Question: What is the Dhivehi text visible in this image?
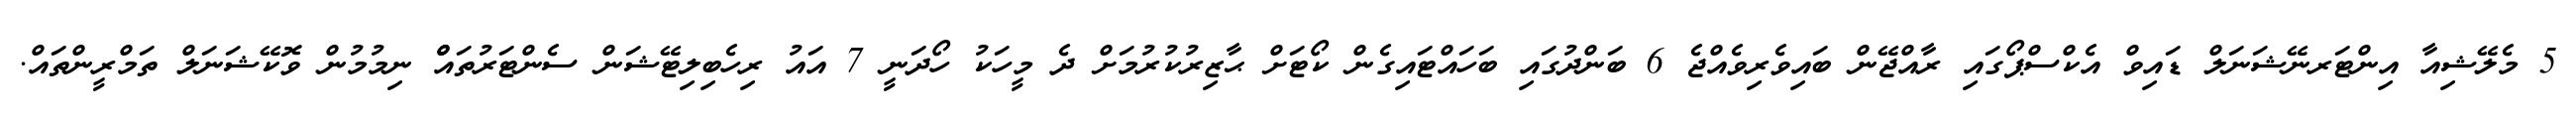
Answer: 5 މެލޭޝިއާ އިންޓަރނޭޝަނަލް ޑައިވް އެކްސްޕޯގައި ރާއްޖޭން ބައިވެރިވެއްޖެ 6 ބަންދުގައި ބަހައްޓައިގެން ކޯޓަށް ޙާޒިރުކުރުމަށް ދެ މީހަކު ހޯދަނީ 7 އައު ރިހެބިލިޓޭޝަން ސެންޓަރުތައްް ނިމުމުން ވޮކޭޝަނަލް ތަމްރީންތައް.